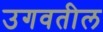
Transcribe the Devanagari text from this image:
उगवतील